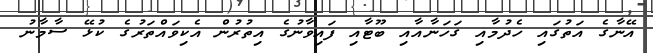
އޭނާގެ އަތުގައި ހެދުމާއި ގަހަނާއާއި ބޫޓާއި ފައިވާނުގެ އިތުރުން އެކިވައްތަރުގެ ކުޅޭ ސާމާނު